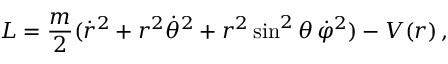
L = { \frac { m } { 2 } } ( { \dot { r } } ^ { 2 } + r ^ { 2 } { \dot { \theta } } ^ { 2 } + r ^ { 2 } \sin ^ { 2 } \theta \, { \dot { \varphi } } ^ { 2 } ) - V ( r ) \, ,